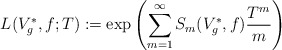
\begin{align*}L(V_g^*, f; T) := \exp \left( \sum_{m=1}^\infty S_m(V_g^*, f) \frac{T^m}{m} \right)\end{align*}